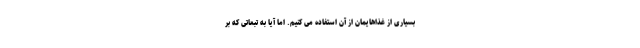
بسیاری از غذاهایمان از آن استفاده می کنیم. اما آیا به تبعاتی که بر